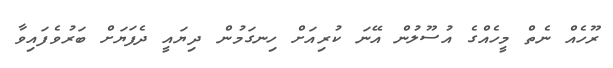
ރޫހެއް ނެތް މީހެއްގެ އުސޫލުން އޭނަ ކުރިއަށް ހިނގަމުން ދިޔައީ ދެފަޔަށް ބަރުވެފައިވާ